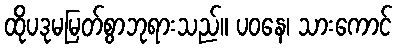
ထိုပဒုမမြတ်စွာဘုရားသည်။ ပဝနေ၊ သားကောင်